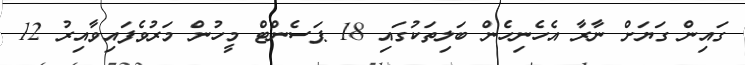
ގައިން ގަޔަށް ނާރާ އެހެނިހެން ބަލިތަކުގައި 18 ޕަސެންޓް މީހުން މަރުވެފައިވާއިރު 12